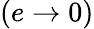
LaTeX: (e\to 0)